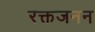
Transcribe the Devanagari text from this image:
रक्तजनन